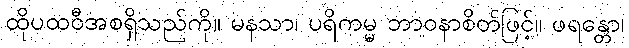
ထိုပထဝီအစရှိသည်ကို။ မနသာ၊ ပရိကမ္မ ဘာဝနာစိတ်ဖြင့်။ ဖရန္တော၊